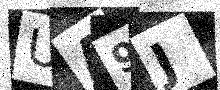
Text: UA9J